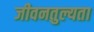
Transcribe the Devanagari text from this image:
जीवनतुल्यता